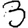
Digit: 3